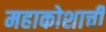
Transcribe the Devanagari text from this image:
महाकोशाची